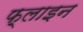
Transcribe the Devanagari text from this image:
फ़्लाइन